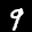
Label: 9